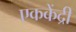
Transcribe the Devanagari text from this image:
एककेंद्री